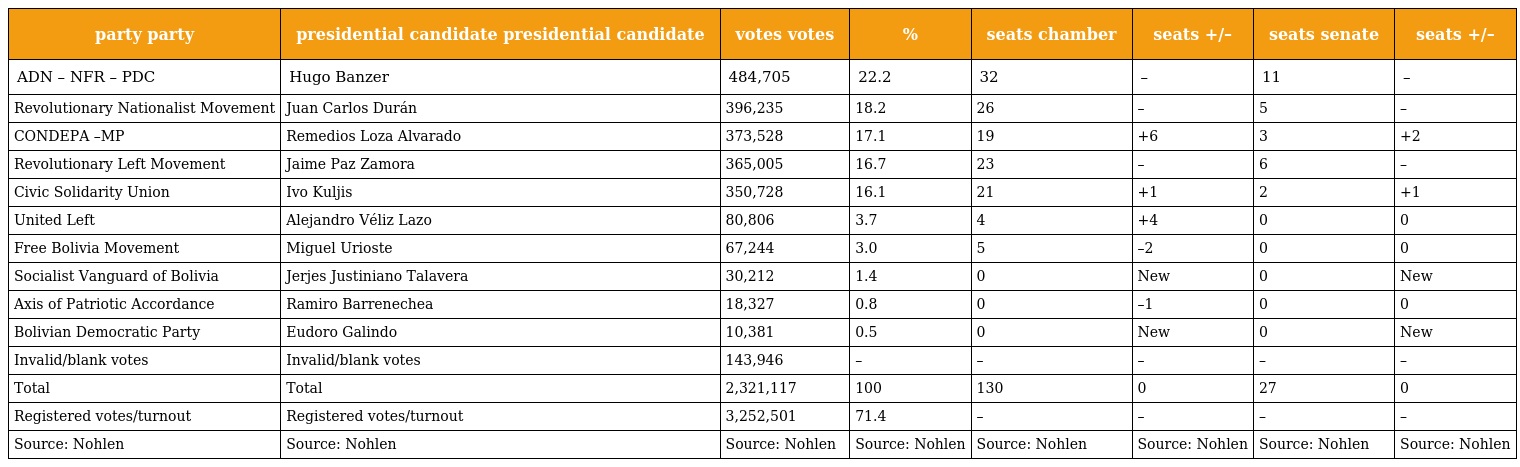
| party party | presidential candidate presidential candidate | votes votes | % | seats chamber | seats +/– | seats senate | seats +/– |
 | --- | --- | --- | --- | --- | --- | --- | --- |
 | ADN – NFR – PDC | Hugo Banzer | 484,705 | 22.2 | 32 | – | 11 | – |
 | Revolutionary Nationalist Movement | Juan Carlos Durán | 396,235 | 18.2 | 26 | – | 5 | – |
 | CONDEPA –MP | Remedios Loza Alvarado | 373,528 | 17.1 | 19 | +6 | 3 | +2 |
 | Revolutionary Left Movement | Jaime Paz Zamora | 365,005 | 16.7 | 23 | – | 6 | – |
 | Civic Solidarity Union | Ivo Kuljis | 350,728 | 16.1 | 21 | +1 | 2 | +1 |
 | United Left | Alejandro Véliz Lazo | 80,806 | 3.7 | 4 | +4 | 0 | 0 |
 | Free Bolivia Movement | Miguel Urioste | 67,244 | 3.0 | 5 | –2 | 0 | 0 |
 | Socialist Vanguard of Bolivia | Jerjes Justiniano Talavera | 30,212 | 1.4 | 0 | New | 0 | New |
 | Axis of Patriotic Accordance | Ramiro Barrenechea | 18,327 | 0.8 | 0 | –1 | 0 | 0 |
 | Bolivian Democratic Party | Eudoro Galindo | 10,381 | 0.5 | 0 | New | 0 | New |
 | Invalid/blank votes | Invalid/blank votes | 143,946 | – | – | – | – | – |
 | Total | Total | 2,321,117 | 100 | 130 | 0 | 27 | 0 |
 | Registered votes/turnout | Registered votes/turnout | 3,252,501 | 71.4 | – | – | – | – |
 | Source: Nohlen | Source: Nohlen | Source: Nohlen | Source: Nohlen | Source: Nohlen | Source: Nohlen | Source: Nohlen | Source: Nohlen |